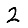
Digit: 2